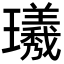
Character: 𪼯